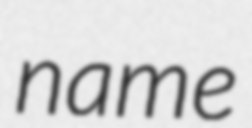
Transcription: name